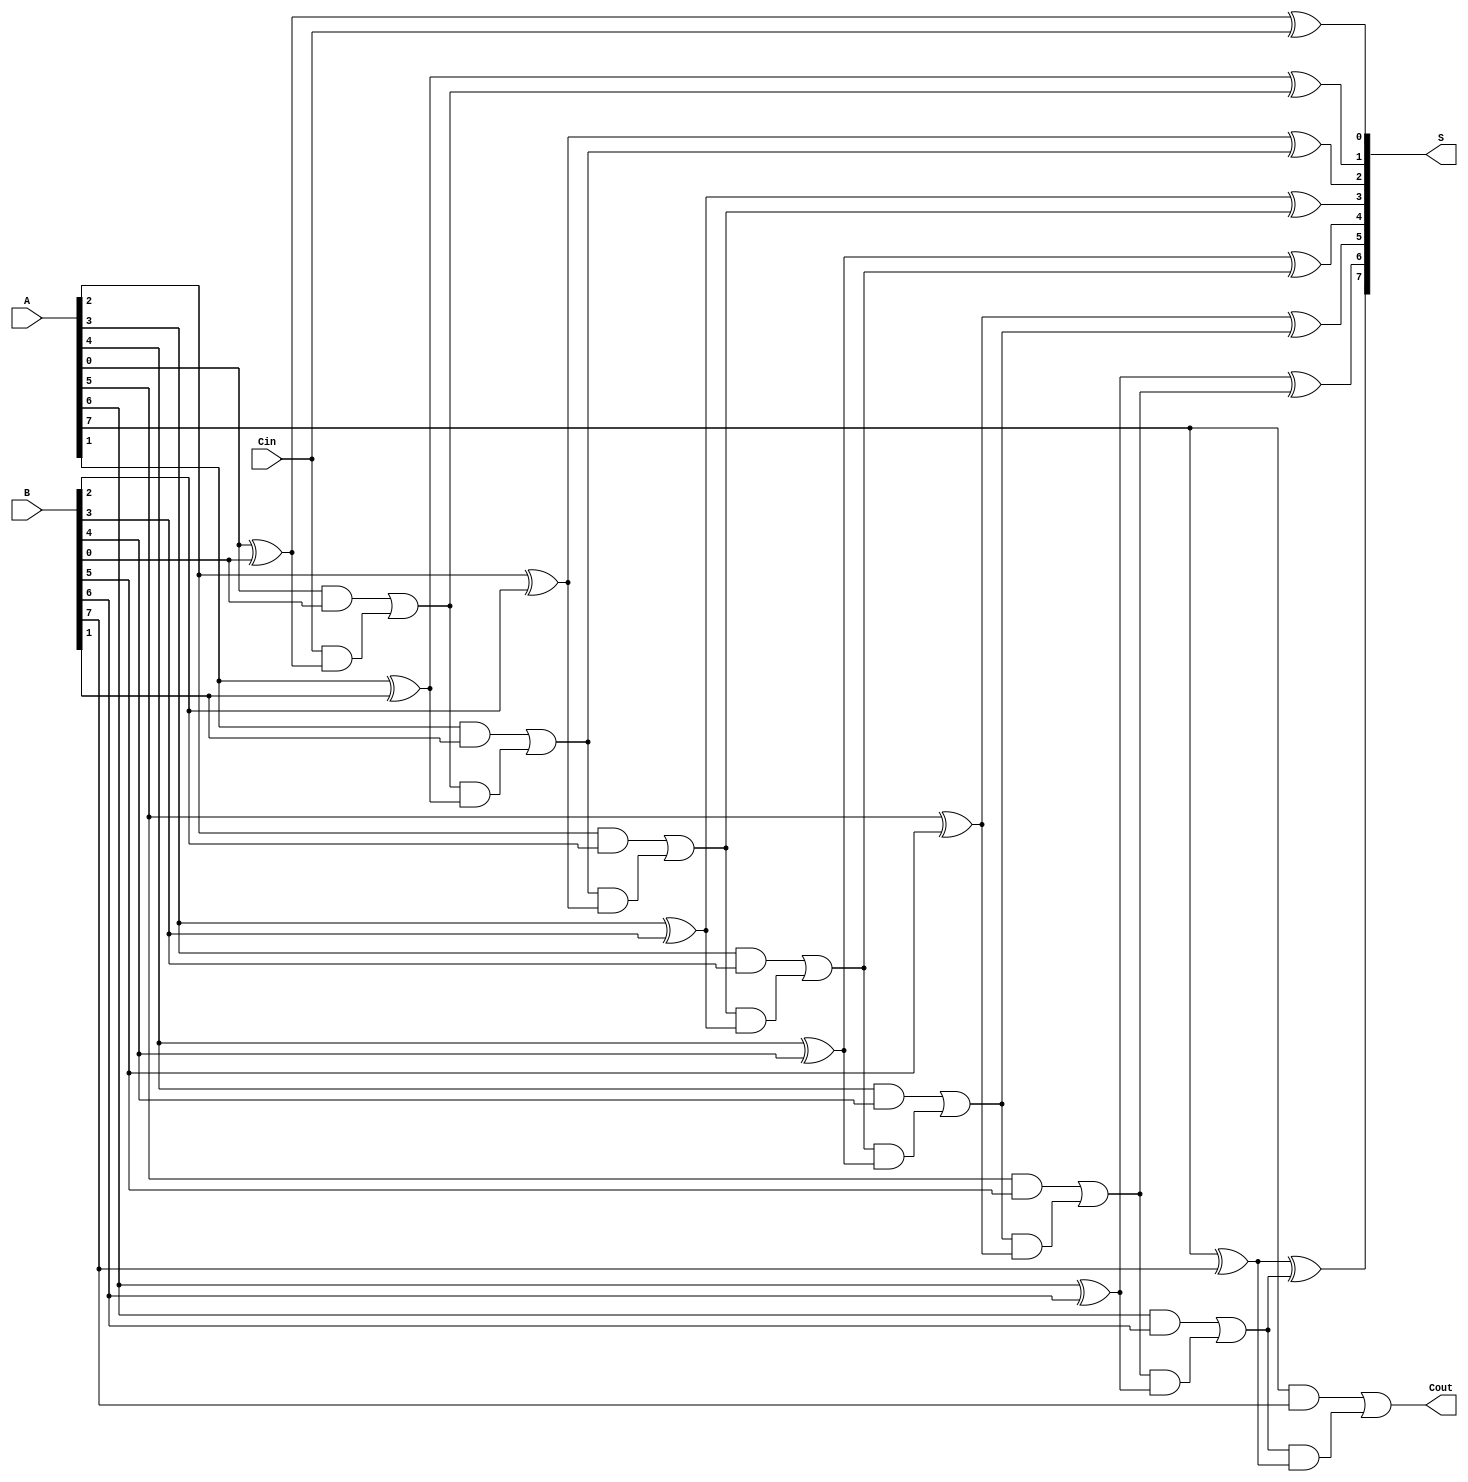
module ManchesterCarryChainAdder #(
    parameter N = 8 // Bit width of the adder
)(
    input  wire [N-1:0] A,     // First n-bit input
    input  wire [N-1:0] B,     // Second n-bit input
    input  wire Cin,            // Carry-in
    output wire [N-1:0] S,      // n-bit Sum output
    output wire Cout            // Carry-out
);

    // Internal wires for carries
    wire [N:0] carry; // Carry wires, carry[N] is the final carry out

    // Assign the initial carry in
    assign carry[0] = Cin;

    // Generate sum and carry for each bit
    genvar i;
    generate
        for (i = 0; i < N; i = i + 1) begin : adder_stage
            assign S[i] = A[i] ^ B[i] ^ carry[i]; // Sum calculation
            assign carry[i + 1] = (A[i] & B[i]) | (carry[i] & (A[i] ^ B[i])); // Carry generation
        end
    endgenerate

    // Final carry out
    assign Cout = carry[N]; // Last carry is the carry out

endmodule